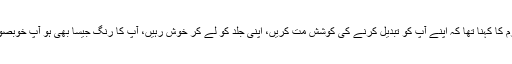
شنیرا اکرم کا کہنا تھا کہ اپنے آپ کو تبدیل کرنے کی کوشش مت کریں، اپنی جلد کو لے کر خوش رہیں، آپ کا رنگ جیسا بھی ہو آپ خوبصورت ہیں۔